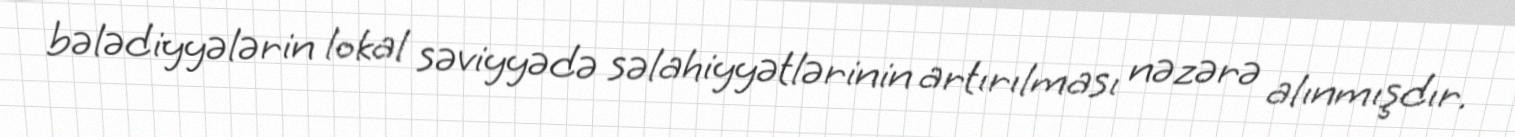
bələdiyyələrin lokal səviyyədə səlahiyyətlərinin artırılması nəzərə alınmışdır.